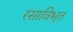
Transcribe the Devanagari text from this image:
रसाविभूत